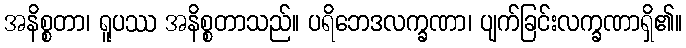
အနိစ္စတာ၊ ရူပဿ အနိစ္စတာသည်။ ပရိဘေဒလက္ခဏာ၊ ပျက်ခြင်းလက္ခဏာရှိ၏။